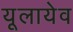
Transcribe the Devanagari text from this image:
यूलायेव